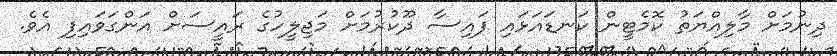
ދިނުމަށް މާލިއްޔަތު ކޮމެޓީން ކަނޑައަޅައި ފައިސާ ދޫކުރުމަށް މަޖިލީހުގެ ރައީސަށް އަންގަވައިފި އެވެ.